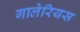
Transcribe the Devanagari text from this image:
गालेरियस